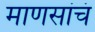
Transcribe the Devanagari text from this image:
माणसांचं